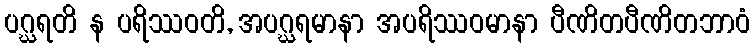
ပဂ္ဃရတိ န ပရိဿဝတိ, အပဂ္ဃရမာနာ အပရိဿဝမာနာ ပီဏိတပီဏိတဘာဝံ